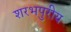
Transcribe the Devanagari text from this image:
शरभपुरीय